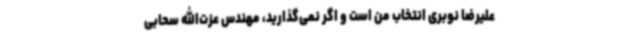
علیرضا نوبری انتخاب من است و اگر نمی‌گذارید، مهندس عزت‌الله سحابی